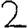
Digit: 2